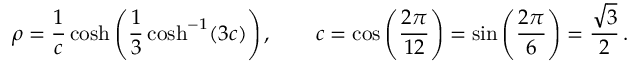
\rho = { \frac { 1 } { c } } \cosh \left( { \frac { 1 } { 3 } } \cosh ^ { - 1 } ( 3 c ) \right) , \qquad c = \cos \left( { \frac { 2 \pi } { 1 2 } } \right) = \sin \left( { \frac { 2 \pi } { 6 } } \right) = { \frac { \sqrt { 3 } } { 2 } } \, .